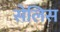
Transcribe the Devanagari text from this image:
सेलिस